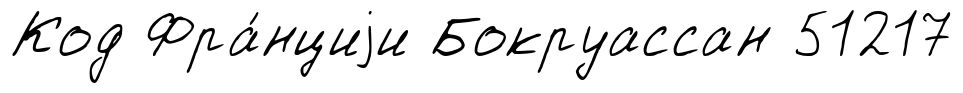
Код Фра́нциjи Бокруассан 51217